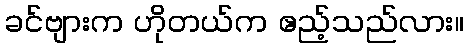
ခင်ဗျားက ဟိုတယ်က ဧည့်သည်လား။